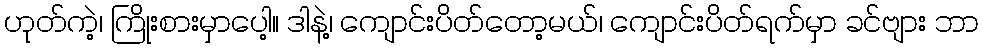
ဟုတ်ကဲ့၊ ကြိုးစားမှာပေါ့။ ဒါနဲ့၊ ကျောင်းပိတ်တော့မယ်၊ ကျောင်းပိတ်ရက်မှာ ခင်ဗျား ဘာ